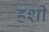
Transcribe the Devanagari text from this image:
हशी